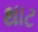
થાટ